Plague in India, 1896, 1897 - Volume 3
Year: 1896
Disease focus: Plague
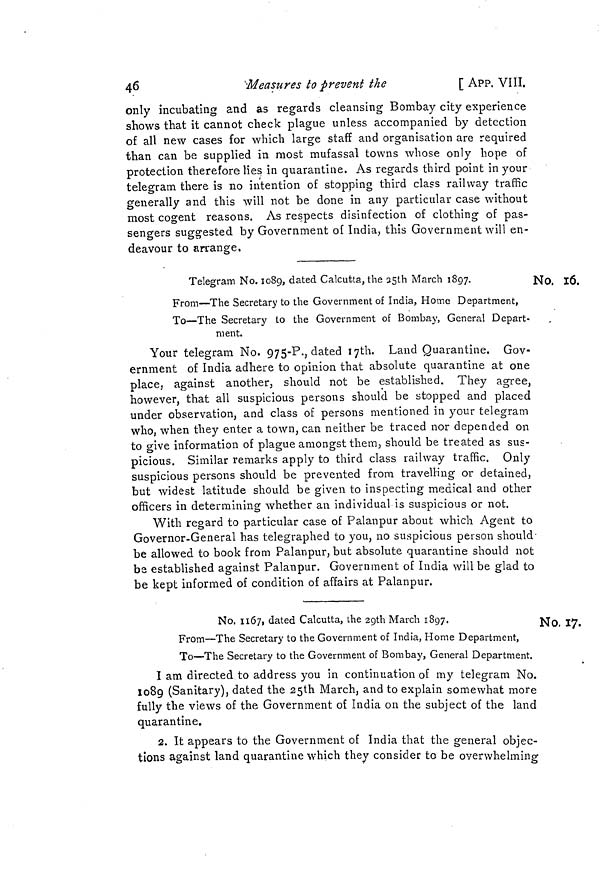
46
Measures to prevent the
[ APP. VIII.
only incubating and as regards cleansing Bombay city experience
shows that it cannot check plague unless accompanied by detection
of all new cases for which large staff and organisation are required
than can be supplied in most mufassal towns whose only hope of
protection therefore lies in quarantine. As regards third point in your
telegram there is no intention of stopping third class railway traffic
generally and this will not be done in any particular case without
most cogent reasons. As respects disinfection of clothing of pas-
sengers suggested by Government of India, this Government will en-
deavour to arrange.
No. 16.
Telegram No. 1089, dated Calcutta, the 35th March 1897.
N
From—The Secretary to the Government of India, Home Department,
To—The Secretary to the Government of Bombay, General Depart-
ment.
Your telegram No. 975-P., dated 17th. Land Quarantine. Gov-
ernment of India adhere to opinion that absolute quarantine at one
place, against another, should not be established. They agree,
however, that all suspicious persons should be stopped and placed
under observation, and class of persons mentioned in your telegram
who, when they enter a town, can neither be traced nor depended on
to give information of plague amongst them, should be treated as sus-
picious. Similar remarks apply to third class railway traffic. Only
suspicious persons should be prevented from travelling or detained,
but widest latitude should be given to inspecting medical and other
officers in determining whether an individual is suspicious or not.
With regard to particular case of Palanpur about which Agent to
Governor-General has telegraphed to you, no suspicious person should-
be allowed to book from Palanpur, but absolute quarantine should not
be established against Palanpur. Government of India will be glad to
be kept informed of condition of affairs at Palanpur.
No. 17.
No. 1167, dated Calcutta, the 29th March 1897.
N
From—The Secretary to the Government of India, Home Department,
To—The Secretary to the Government of Bombay, General Department.
I am directed to address you in continuation of my telegram No.
1089 (Sanitary), dated the 25th March, and to explain somewhat more
fully the views of the Government of India on the subject of the land
quarantine.
2. It appears to the Government of India that the general objec-
tions against land quarantine which they consider to be overwhelming